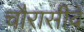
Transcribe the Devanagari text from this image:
चौरासीवें